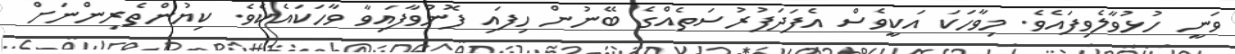
ވަނީ ހުޅުވާލެވިފައެވެ. މިވާހަކަ އަކީވެސް އެފަދަފުރުސަތެއްގެ ބޭނުން ހިފައި ފޮނުވާފައިވާ ވާހަކައެކެވެ. ކިޔުންތެރިންނަށް